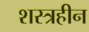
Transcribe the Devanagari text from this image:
शस्त्रहीन